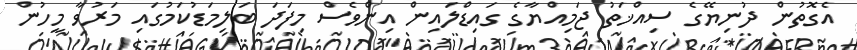
އެގޮތުން ދުނިޔޭގެ ސިއްޚަތު ޖަމިއްޔާގެ ގައިޑްލައިން އިންވެސް މިފަދަ ބަލިމަޑުކަމުގައި މަރުވާ މީހުން